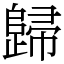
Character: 歸